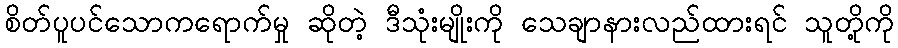
စိတ်ပူပင်သောကရောက်မှု ဆိုတဲ့ ဒီသုံးမျိုးကို သေချာနားလည်ထားရင် သူတို့ကို